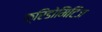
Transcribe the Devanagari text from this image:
फ्रिडोमिटिज